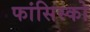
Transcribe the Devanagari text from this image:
फांसिस्को